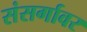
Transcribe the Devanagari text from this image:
संसर्गावर